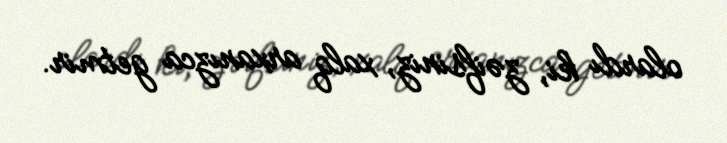
olardı ki, zəifsiniz, xalq arxanızca getmir.